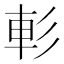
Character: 𨊨